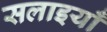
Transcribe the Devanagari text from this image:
सलाइयाँ